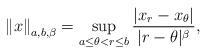
LaTeX: \begin{align*}\left\| x\right\| _{a,b,\beta }=\sup_{a\leq \theta <r\leq b}\frac{|x_{r}-x_{\theta }|}{|r-\theta |^{\beta }},\end{align*}